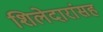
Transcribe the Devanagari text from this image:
शिलेदारांसह